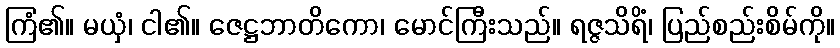
ကြံ၏။ မယှံ၊ ငါ၏။ ဇေဋ္ဌဘာတိကော၊ မောင်ကြီးသည်။ ရဇ္ဇသိရိံ၊ ပြည်စည်းစိမ်ကို။